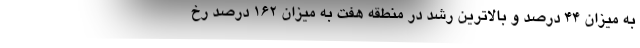
به میزان ۴۴ درصد و بالاترین رشد در منطقه هفت به میزان ۱۶۲ درصد رخ